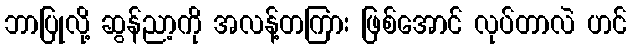
ဘာပြုလို့ ဆွန်ညာ့ကို အလန့်တကြား ဖြစ်အောင် လုပ်တာလဲ ဟင်